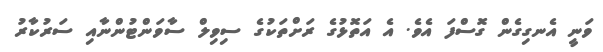
ވަނީ އެނގިގެން ގޮސްފަ އެވެ. އެ އަތޮޅުގެ ރަށްތަކުގެ ސިވިލް ސާވަންޓުންނާއި ސަރުކާރު